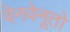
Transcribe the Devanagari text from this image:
वेनवेनूतो